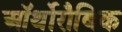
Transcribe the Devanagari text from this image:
ऑर्थोरौबिक